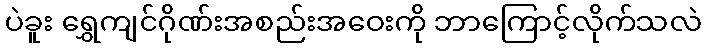
ပဲခူး ရွှေကျင်ဂိုဏ်းအစည်းအဝေးကို ဘာကြောင့်လိုက်သလဲ